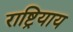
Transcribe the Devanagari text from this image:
राष्ट्रियाय